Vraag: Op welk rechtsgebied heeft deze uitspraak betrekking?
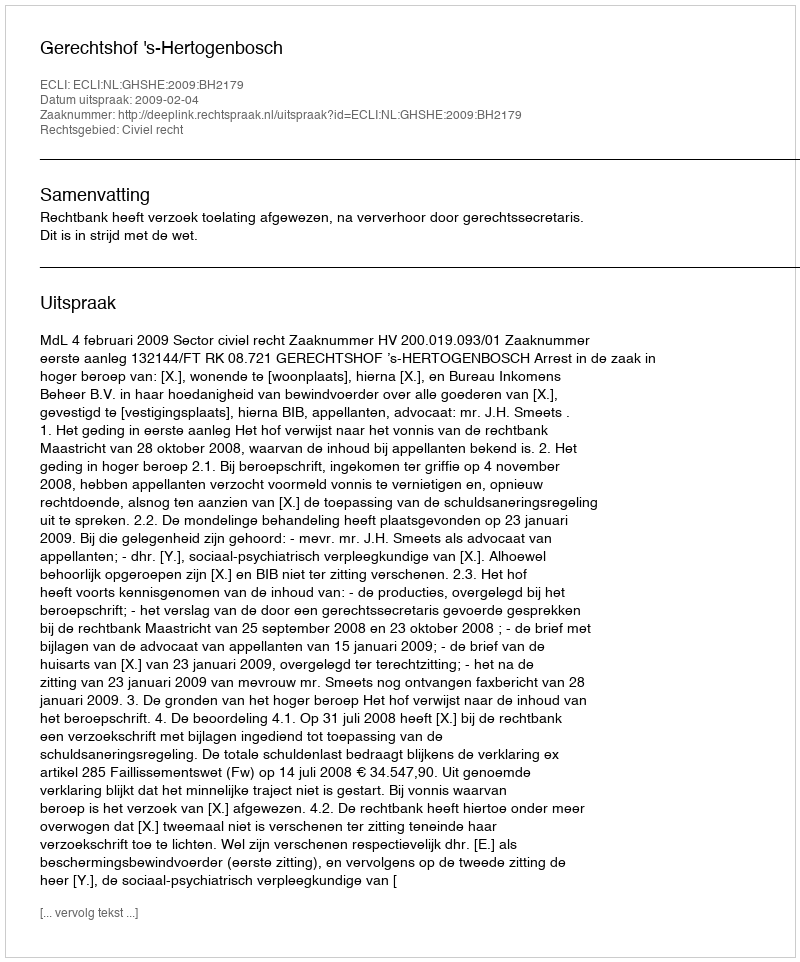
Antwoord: Civiel recht